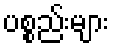
ပစ္စည်းများ